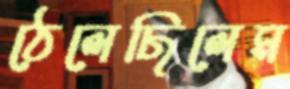
ঠেলেছিলেম